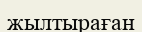
жылтыраған